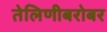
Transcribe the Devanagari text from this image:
तेलिणीबरोबर